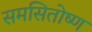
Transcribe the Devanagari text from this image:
समसितोष्ण